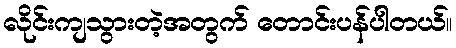
လိုင်းကျသွားတဲ့အတွက် တောင်းပန်ပါတယ်။